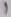
Text: 1